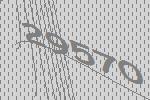
29570